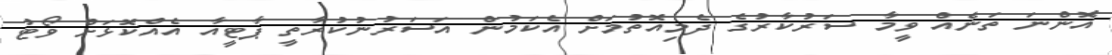
އޮންނަ ތަނެއް ވީމާ ސަރުކާރުގެ ދެމިއޮތުމަށް އެކަމުން އަސަރުނުކުރާތީ ޕާޓީއާ އެއްކޮޅަށް ވޯޓު